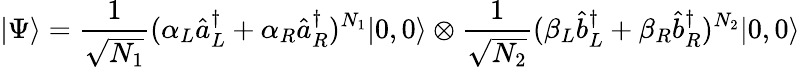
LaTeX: |\Psi\rangle=\frac{1}{\sqrt{N_{1}}}(\alpha_{L}\hat{a}_{L}^{\dagger}+\alpha_{R}\hat{a}_{R}^{\dagger})^{N_{1}}|0,0\rangle\otimes\frac{1}{\sqrt{N_{2}}}(\beta_{L}\hat{b}_{L}^{\dagger}+\beta_{R}\hat{b}_{R}^{\dagger})^{N_{2}}|0,0\rangle